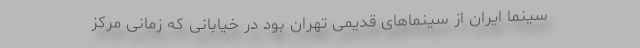
سینما ایران از سینماهای قدیمی تهران بود در خیابانی که زمانی مرکز